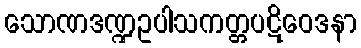
သောဏဒဏ္ဍဥပါသကတ္တပဋိဝေဒနာ